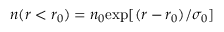
n ( r < r _ { 0 } ) = n _ { 0 } \mathrm { e x p } [ ( r - r _ { 0 } ) / \sigma _ { 0 } ]